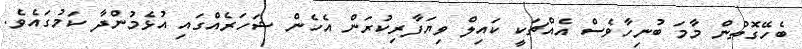
ބެހޭގޮތުން މާމަ ބުނިހާވެސް އެއްޗަކީ ކައިލް ވިޔަފާރިކުރަން އެހެން ޝަހަރެއްގައި އުޅެމުންދާ ކަމުގައެވެ.